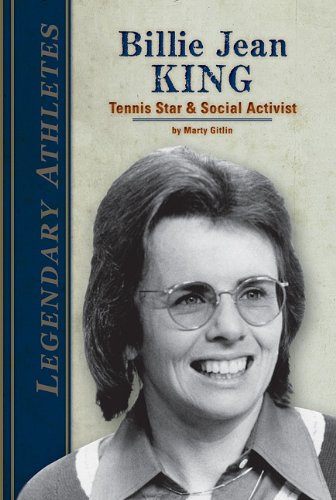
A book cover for Billie Jean King: Tennis Star & Social Activist (Legendary Athletes); Marty Gitlin; Children's Books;